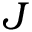
J